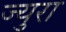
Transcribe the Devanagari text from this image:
ज्युरा